Vaccination in Bombay 1913-1923 - 1913-1923
Year: 1913
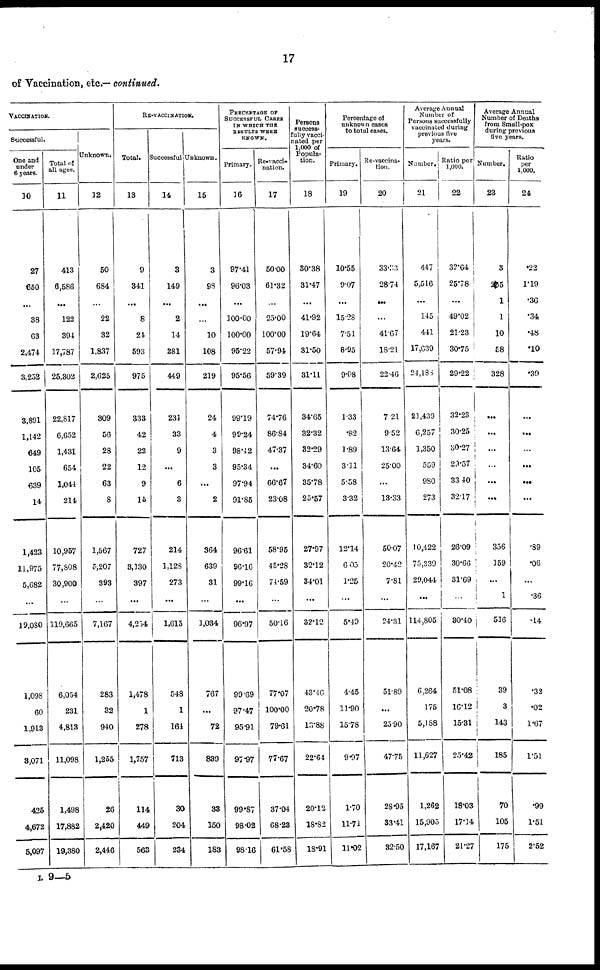
17
of Vaccination, etc.— continued.
VACCINATION.
Successful.
One and
under
6 years.
10
27
650
...
38
63
2,474
3,252
3,891
1,142
649
105
639
14
1,423
11,975
5,082
...
19,080
1,098
60
1,913
3,071
425
4,672
5,097
Total of
all ages.
11
413
6,586
...
122
394
17,787
25,302
22,817
6,652
1,431
654
1,041
214
10,957
77,808
30,900
...
119,665
6,054
231
4,813
11,098
1,498
17,882
19,380
Unknown.
12
50
684
...
22
32
1,837
2,625
309
56
28
22
63
8
1,567
5,207
393
...
7,167
283
32
940
1,255
26
2,420
2,446
RE-VACCINATION.
Total.
13
9
341
...
8
24
593
975
333
42
22
12
9
15
727
3,130
397
...
4,234
1,478
1
278
1,757
114
449
563
Successful
14
3
149
...
2
14
281
449
231
33
9
...
6
3
214
1,123
273
...
1,615
548
1
164
713
30
204
234
Unknown.
15
3
98
...
...
10
108
219
24
4
3
3
...
2
364
639
31
...
1,034
767
...
72
839
33
150
183
PERCENTAGE OF
SUCCESSFUL CASES
IN WHICH THE
RESULTS WERE
KNOWN.
Primary.
16
97.41
96.03
...
100.00
100.00
95.22
95.56
99.19
99.24
98.42
95.34
97.94
91.85
96.61
96.16
99.16
...
96.97
99.69
97.47
95.91
97.97
99.87
98.02
98.16
Re-vacci-
nation.
17
50.00
61.32
...
25.00
100.00
57.94
59.39
74.76
86.84
47.37
...
66.67
23.08
58.95
45.28
74.59
...
50.16
77.07
100.00
79.61
77.67
37.04
68.23
61.58
Persons
success-
--lly vacci-
nated per
1,000 of
Popula-
tion.
18
30.38
31.47
...
41.92
19.64
31.50
31.11
34.65
32.32
32.29
34.60
35.78
25.57
27.97
32.12
34.01
...
32.12
43.46
20.78
13.88
22.64
20.12
18.82
18.91
Percentage of
unknown cases
to total cases.
Primary.
19
10.55
9.07
...
15.28
7.51
8.95
9.08
1.33
.82
1.89
3.11
5.58
3.32
12.14
6.05
1.25
...
5.49
4.45
11.90
15.78
9.97
1.70
11.71
11.02
Re-vaccina-
tion.
20
33.33
28.74
...
...
41.67
18.21
22.46
721
9.52
13.64
25.00
...
13.33
50.07
20.42
7.81
...
24.31
51.89
...
25.90
47.75
28.95
33.41
32.50
Average Annual
Number of
Persons successfully
vaccinated during
previous five
years.
Number.
21
447
5,516
...
145
441
17,639
24,188
21,439
6,257
1,350
559
980
273
10,422
75,339
29,044
...
114,805
6,264
175
5,188
11,627
1,262
15,905
17,167
Ratio per
1,000.
22
32.64
25.78
...
49.02
21.23
30.75
29.22
32.23
30.25
30.27
29.57
33.10
32.17
26.09
30.66
31.69
...
30.40
51.08
16.12
15.31
25.42
18.03
17.14
21.27
Average Annual
Number of Deaths
from Small-pox
during previous
five years.
Number.
23
3
255
1
1
10
58
328
...
...
...
...
...
...
356
159
...
1
516
39
3
143
185
70
105
175
Ratio
per
1,000.
24
.22
1.19
.36
.34
.48
.10
.39
...
...
...
...
...
...
.89
.06
...
.36
.14
.32
.02
1.67
1.51
.99
1.51
2.52
L 9—5